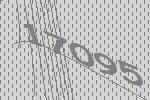
17095